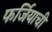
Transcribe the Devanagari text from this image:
फर्जियाची